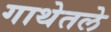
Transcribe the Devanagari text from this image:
गाथेतले